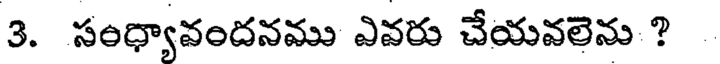
3. సంధ్యావందనము ఎవరు చేయవలెను ?